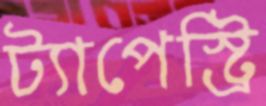
ট্যাপেস্ট্রি